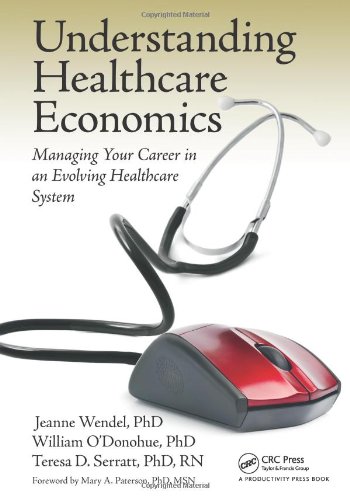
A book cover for Understanding Healthcare Economics: Managing Your Career in an Evolving Healthcare System; Jeanne Wendel  PHD; Medical Books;